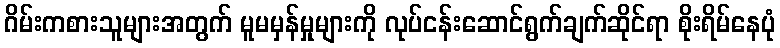
ဂိမ်းကစားသူများအတွက် မူမမှန်မှုများကို လုပ်ငန်းဆောင်ရွက်ချက်ဆိုင်ရာ စိုးရိမ်နေပုံ